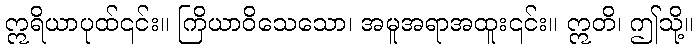
ဣရိယာပုထ်၎င်း။ ကြိယာဝိသေသော၊ အမူအရာအထူး၎င်း။ ဣတိ၊ ဤသို့။